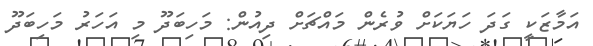
އަމާޒަކީ ގަދަ ހަޔަކަށް ވުރެން މައްޗަށް ދިއުން: މަހިބަދޫ މި އަހަރު މަހިބަދޫ